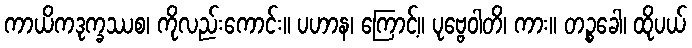
ကာယိကဒုက္ခဿစ၊ ကိုလည်းကောင်း။ ပဟာန၊ ကြောင့်။ ပုဗ္ဗေဝါတိ၊ ကား။ တဉ္စခေါ၊ ထိုပယ်